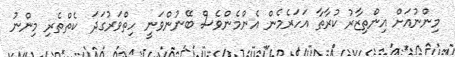
މިންނުއަށް އިންތިޒާރު ކުރާތާ އަހަރެމެން އެންމެންވެސް ބޭނުންވަނީ ހިތްވަރުގަދަ  ކެތްތެރި މިންނު